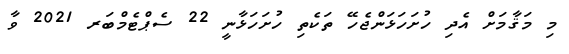
މި މަޤާމަށް އެދި ހުށަހަޅަންޖެހޭ ތަކެތި ހުށަހަޅާނީ 22 ސެޕްޓެމްބަރ 2021 ވާ